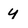
Character: y